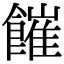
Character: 𩞅